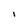
Character: i